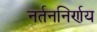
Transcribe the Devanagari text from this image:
नर्तननिर्णय